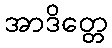
အာဒိတ္တေ